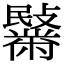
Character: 𪓍